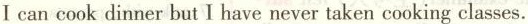
I can cook dinner but I have never taken cooking classes.